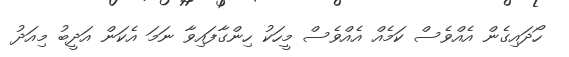
ހޯދައިގެން އެއްވެސް ކަމެއް އެއްވެސް މީހަކު ހިންގާފައިވާ ނަމަ އެކަން އަދީބު މިއަދު